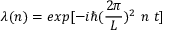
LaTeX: \lambda ( n ) = e x p [ - i \hbar ( { \frac { 2 \pi } { L } } ) ^ { 2 } ~ n ~ t ]